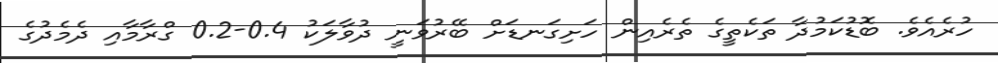
ހުރެއެވެ. ބޮޑުކަމުދާ ތަކެތީގެ ތެރެއިން ހަށިގަނޑަށް ބޭރުވަނީ ދުވާލަކު 0.4-0.2 ގްރާމާއި ދެމެދުގެ